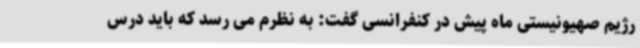
رژیم صهیونیستی ماه پیش در کنفرانسی گفت: به نظرم می رسد که باید درس